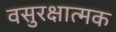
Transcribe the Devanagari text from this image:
वसुरक्षात्मक